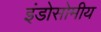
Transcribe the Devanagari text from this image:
इंडोसोमीय